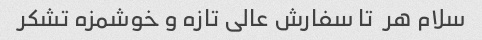
سلام هر  تا سفارش عالی تازه و خوشمزه تشکر